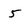
Character: 5